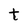
Character: t